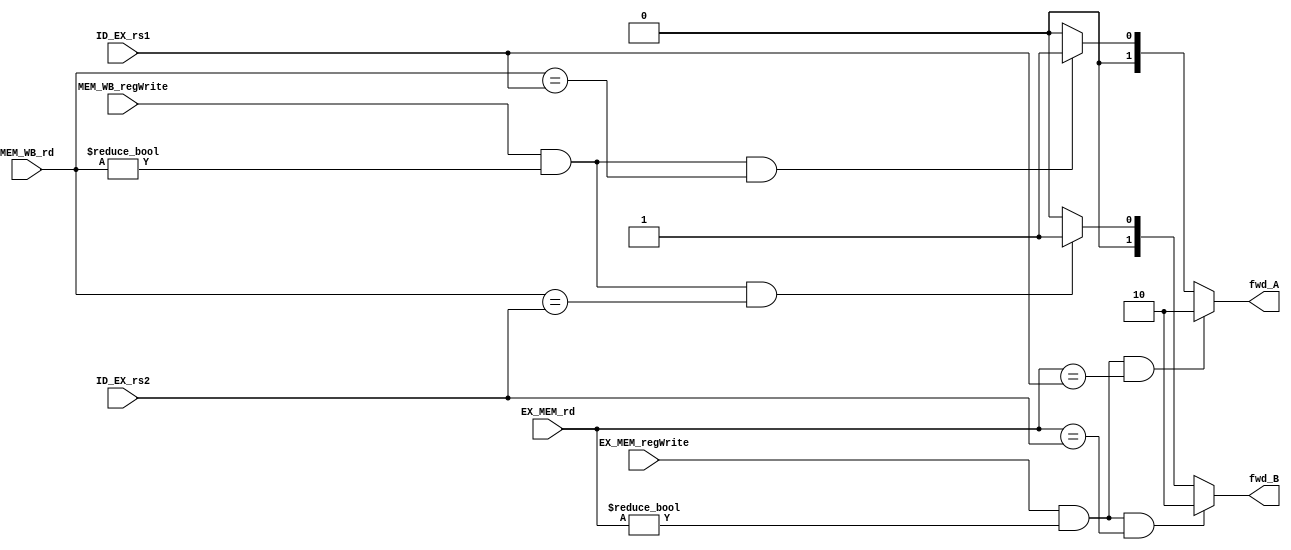
module forwarding_unit
        (
        input [4:0] ID_EX_rs1,
        input [4:0] ID_EX_rs2,
        input [4:0] EX_MEM_rd,
        input [4:0] MEM_WB_rd,
        input [4:0] EX_MEM_regWrite,
        input [4:0] MEM_WB_regWrite,
        output reg [1:0] fwd_A,
        output reg [1:0] fwd_B
        );
        always @* begin
        if (EX_MEM_regWrite && (EX_MEM_rd != 0) && (EX_MEM_rd ==ID_EX_rs1))
            fwd_A = 10;
        else  
            if ((MEM_WB_regWrite && (MEM_WB_rd != 0) && (MEM_WB_rd ==ID_EX_rs1)))
                fwd_A = 01;
            else 
                fwd_A=00;
        if (EX_MEM_regWrite && (EX_MEM_rd != 0) && (EX_MEM_rd ==ID_EX_rs2))
            fwd_B = 10;
        else 
            if ((MEM_WB_regWrite && (MEM_WB_rd != 0) && (MEM_WB_rd ==ID_EX_rs2) ))
                 fwd_B = 01;
            else 
                 fwd_B=00;
        end
endmodule